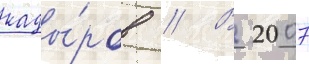
кады́ров // В 2007